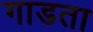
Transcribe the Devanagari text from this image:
गाडता